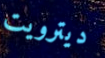
ديترويت